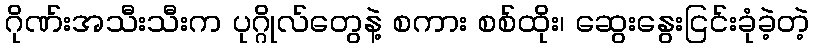
ဂိုဏ်းအသီးသီးက ပုဂ္ဂိုလ်တွေနဲ့ စကား စစ်ထိုး၊ ဆွေးနွေးငြင်းခုံခဲ့တဲ့